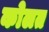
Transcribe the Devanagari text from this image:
कोलत